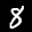
Label: 8